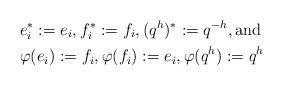
LaTeX: \begin{align*}&e_i^* := e_i, f_i^* := f_i, (q^h)^* := q^{-h}, \mbox{and} \\&\varphi(e_i) := f_i, \varphi(f_i) := e_i, \varphi(q^h) := q^h\end{align*}